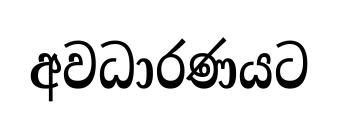
අවධාරණයට